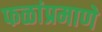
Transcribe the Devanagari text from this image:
फळांप्रमाणे